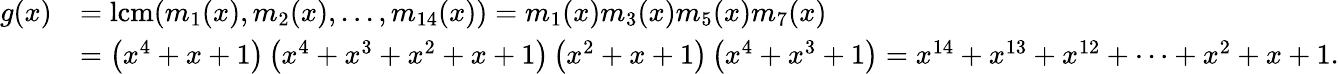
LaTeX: {\begin{array}{rl}{g(x)}&{=\mathrm{{lcm}}(m_{1}(x),m_{2}(x),...,m_{14}(x))=m_{1}(x)m_{3}(x)m_{5}(x)m_{7}(x)}\\ &{=\left(x^{4}+x+1\right)\left(x^{4}+x^{3}+x^{2}+x+1\right)\left(x^{2}+x+1\right)\left(x^{4}+x^{3}+1\right)=x^{14}+x^{13}+x^{12}+\cdots+x^{2}+x+1.}\end{array}}